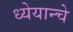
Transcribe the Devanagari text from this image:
ध्येयान्चे